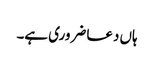
ہاں دعا ضروری ہے۔